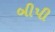
બીપી